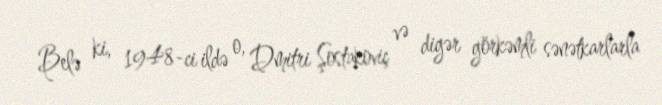
Belə ki, 1948-ci ildə o, Dmitri Şostakoviç və digər görkəmli sənətkarlarla